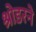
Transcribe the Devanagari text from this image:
श्रोडरने